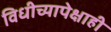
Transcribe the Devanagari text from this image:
विधीच्यापेक्षाही